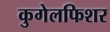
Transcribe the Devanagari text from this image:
कुगेलफिशर